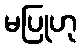
မပြုဟု